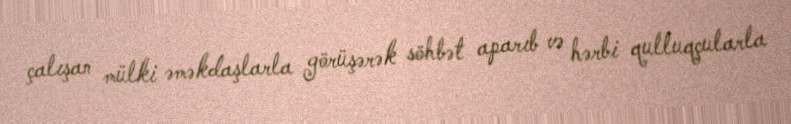
çalışan mülki əməkdaşlarla görüşərək söhbət aparıb və hərbi qulluqçularla